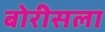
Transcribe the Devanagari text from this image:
बोरीसला